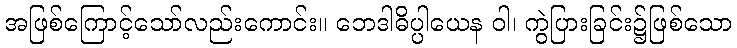
အဖြစ်ကြောင့်သော်လည်းကောင်း။ ဘေဒါဓိပ္ပါယေန ဝါ၊ ကွဲပြားခြင်း၌ဖြစ်သော